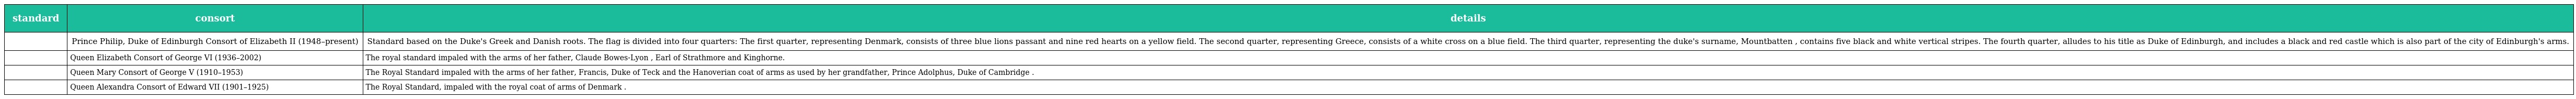
| standard | consort | details |
 | --- | --- | --- |
 |  | Prince Philip, Duke of Edinburgh Consort of Elizabeth II (1948–present) | Standard based on the Duke's Greek and Danish roots. The flag is divided into four quarters: The first quarter, representing Denmark, consists of three blue lions passant and nine red hearts on a yellow field. The second quarter, representing Greece, consists of a white cross on a blue field. The third quarter, representing the duke's surname, Mountbatten , contains five black and white vertical stripes. The fourth quarter, alludes to his title as Duke of Edinburgh, and includes a black and red castle which is also part of the city of Edinburgh's arms. |
 |  | Queen Elizabeth Consort of George VI (1936–2002) | The royal standard impaled with the arms of her father, Claude Bowes-Lyon , Earl of Strathmore and Kinghorne. |
 |  | Queen Mary Consort of George V (1910–1953) | The Royal Standard impaled with the arms of her father, Francis, Duke of Teck and the Hanoverian coat of arms as used by her grandfather, Prince Adolphus, Duke of Cambridge . |
 |  | Queen Alexandra Consort of Edward VII (1901–1925) | The Royal Standard, impaled with the royal coat of arms of Denmark . |